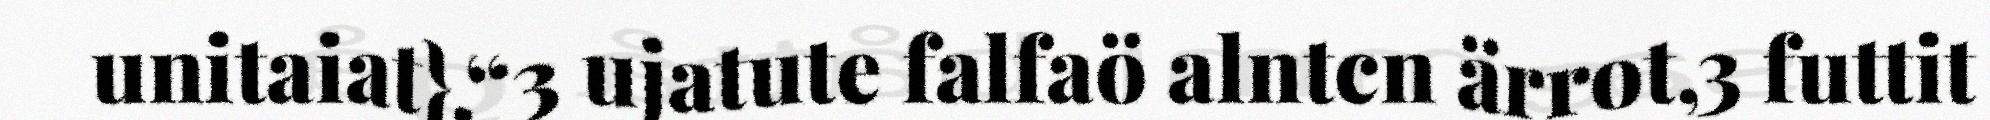
unitaiat}.“3 ujatute falfaö alntcn ärrot,3 futtit